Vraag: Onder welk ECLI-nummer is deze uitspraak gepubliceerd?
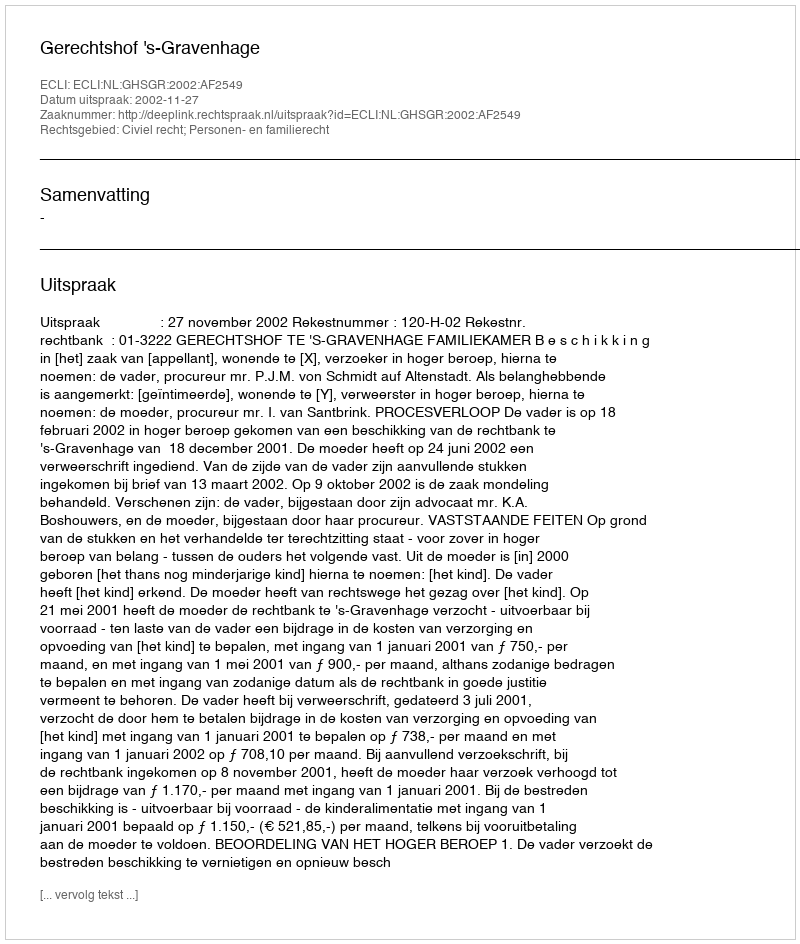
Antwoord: ECLI:NL:GHSGR:2002:AF2549